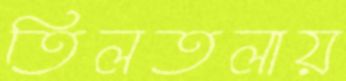
তিলতলায়